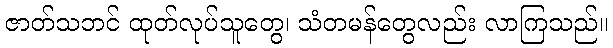
ဇာတ်သဘင် ထုတ်လုပ်သူတွေ၊ သံတမန်တွေလည်း လာကြသည်။